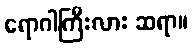
ရောဂါကြီးလား ဆရာ။